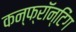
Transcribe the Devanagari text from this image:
कन्फ्रॉन्टिंग